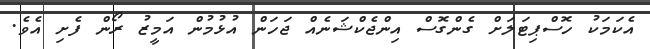
އެކަމަކު ހޮސްޕިޓަލަށް ގެންގޮސް އިންޖެކްޝަނެއް ޖަހަން އުޅުމުން އަމީޒު ރޯން ފެށި އެވެ.